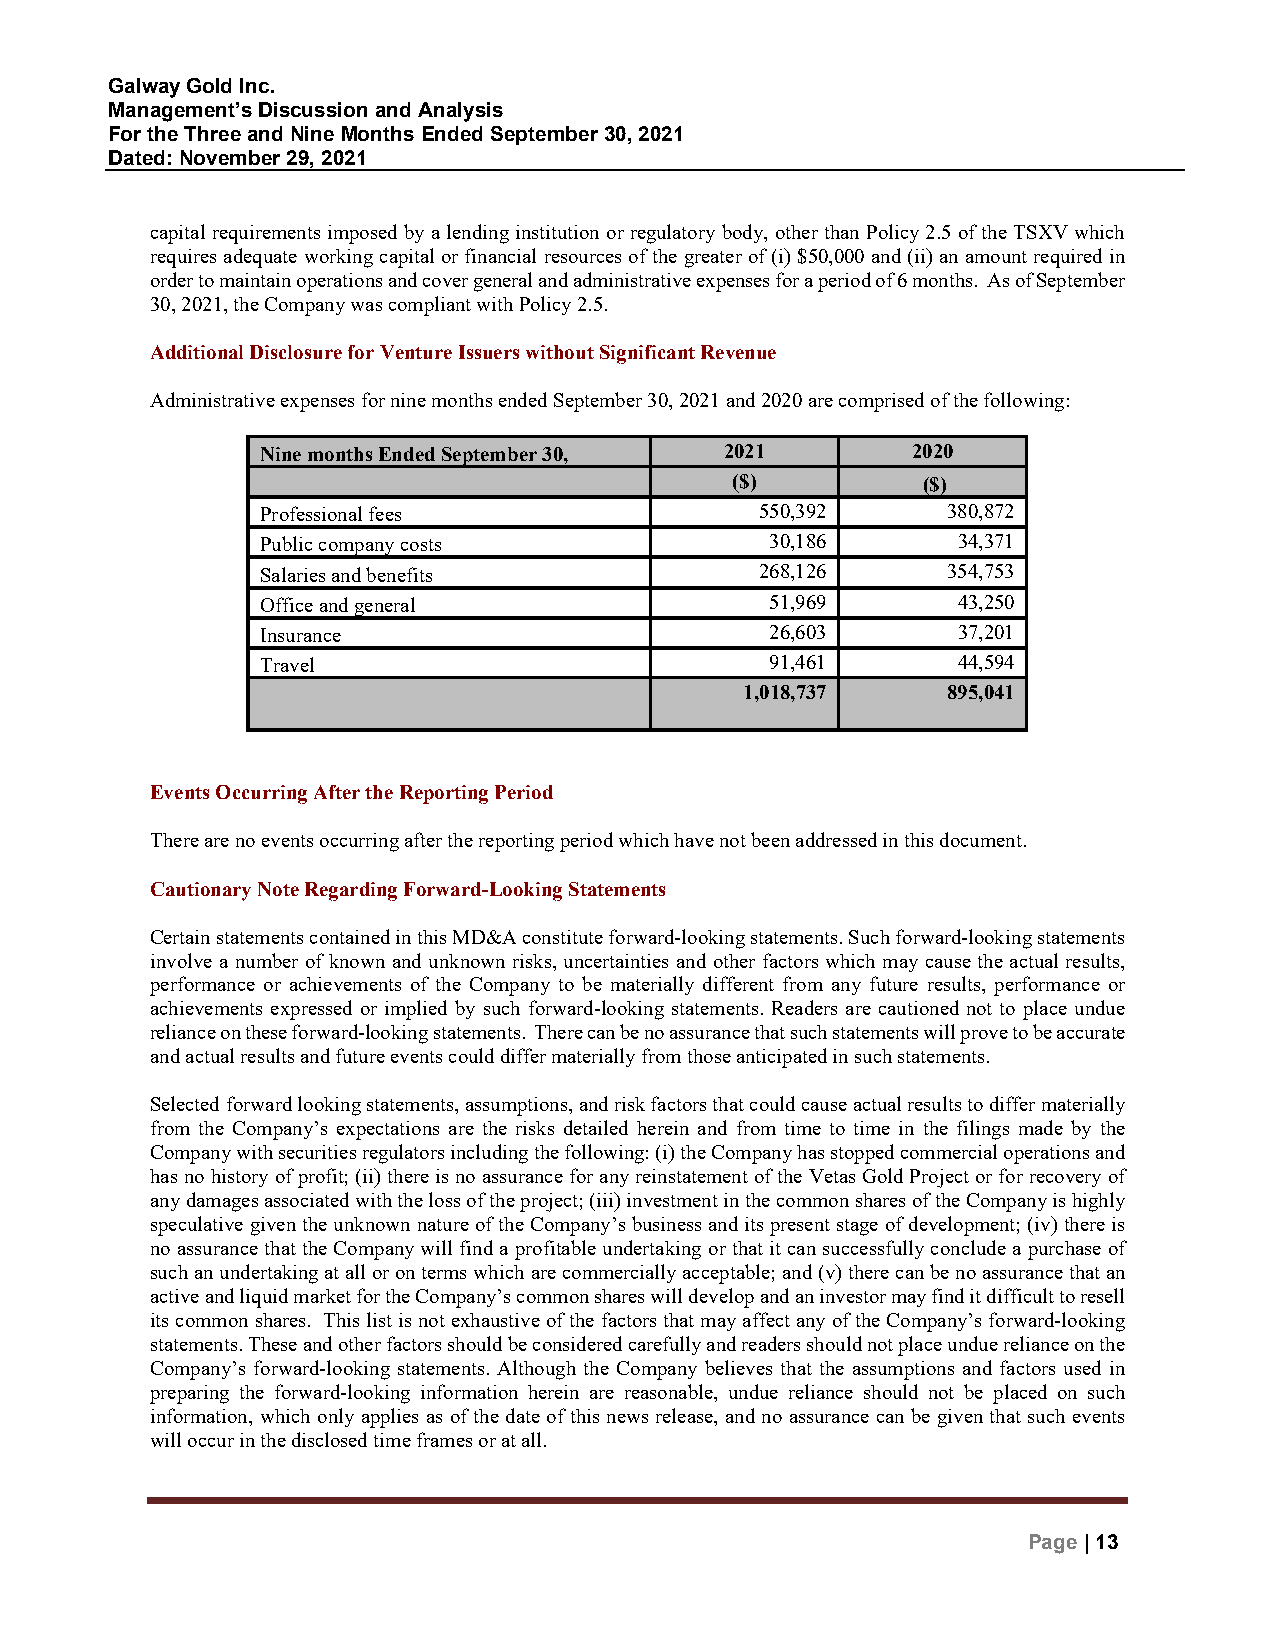
Galway Gold Inc.
 Management’s Discussion and Analysis
 For the Three and Nine Months Ended September 30, 2021
 Dated: November 29, 2021
 capital requirements imposed by a lending institution or regulatory body, other than Policy 2.5 of the TSXV which
 requires adequate working capital or financial resources of the greater of (i) $50,000 and (ii) an amount required in
 order to maintain operations and cover general and administrative expenses for a period of 6 months. As of September
 30, 2021, the Company was compliant with Policy 2.5.
 Additional Disclosure for Venture Issuers without Significant Revenue
 Administrative expenses for nine months ended September 30, 2021 and 2020 are comprised of the following:
 Nine months Ended September 30, 2021       2020
 ($)          ($)
 Professional fees                550,392      380,872
 Public company costs              30,186      34,371
 Salaries and benefits            268,126      354,753
 Office and general                51,969      43,250
 Insurance                         26,603      37,201
 Travel                            91,461      44,594
 1,018,737     895,041
 Events Occurring After the Reporting Period
 There are no events occurring after the reporting period which have not been addressed in this document.
 Cautionary Note Regarding Forward-Looking Statements
 Certain statements contained in this MD&A constitute forward-looking statements. Such forward-looking statements
 involve a number of known and unknown risks, uncertainties and other factors which may cause the actual results,
 performance or achievements of the Company to be materially different from any future results, performance or
 achievements expressed or implied by such forward-looking statements. Readers are cautioned not to place undue
 reliance on these forward-looking statements. There can be no assurance that such statements will prove to be accurate
 and actual results and future events could differ materially from those anticipated in such statements.
 Selected forward looking statements, assumptions, and risk factors that could cause actual results to differ materially
 from the Company’s expectations are the risks detailed herein and from time to time in the filings made by the
 Company with securities regulators including the following: (i) the Company has stopped commercial operations and
 has no history of profit; (ii) there is no assurance for any reinstatement of the Vetas Gold Project or for recovery of
 any damages associated with the loss of the project; (iii) investment in the common shares of the Company is highly
 speculative given the unknown nature of the Company’s business and its present stage of development; (iv) there is
 no assurance that the Company will find a profitable undertaking or that it can successfully conclude a purchase of
 such an undertaking at all or on terms which are commercially acceptable; and (v) there can be no assurance that an
 active and liquid market for the Company’s common shares will develop and an investor may find it difficult to resell
 its common shares. This list is not exhaustive of the factors that may affect any of the Company’s forward-looking
 statements. These and other factors should be considered carefully and readers should not place undue reliance on the
 Company’s forward-looking statements. Although the Company believes that the assumptions and factors used in
 preparing the forward-looking information herein are reasonable, undue reliance should not be placed on such
 information, which only applies as of the date of this news release, and no assurance can be given that such events
 will occur in the disclosed time frames or at all.
 Page | 13